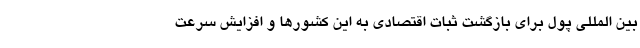
بین المللی پول برای بازگشت ثبات اقتصادی به این کشورها و افزایش سرعت